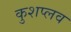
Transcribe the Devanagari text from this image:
कुशप्लव